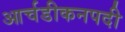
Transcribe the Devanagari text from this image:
आर्चडीकनपदी